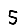
Digit: 5